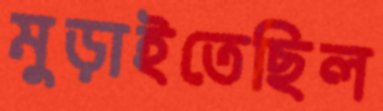
মুড়াইতেছিল